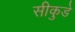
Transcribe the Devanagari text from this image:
सीकुडे